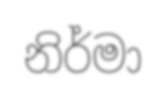
නිර්මා